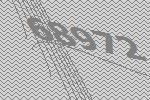
68972